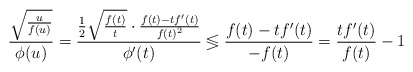
\begin{align*}\frac{\sqrt{\frac{u}{f(u)}}}{\phi(u)}=\frac{\frac{1}{2}\sqrt{\frac{f(t)}{t}}\cdot\frac{f(t)-tf'(t)}{f(t)^2}}{\phi'(t)}\lessgtr \frac{f(t)-tf'(t)}{-f(t)}= \frac{tf'(t)}{f(t)}-1\end{align*}